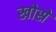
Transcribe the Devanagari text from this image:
खोसे